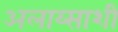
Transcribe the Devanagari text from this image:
अलाय्साशी